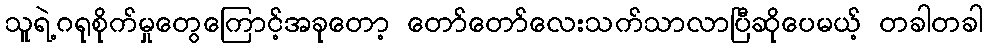
သူရဲ့ဂရုစိုက်မှုတွေကြောင့်အခုတော့ တော်တော်လေးသက်သာလာပြီဆိုပေမယ့် တခါတခါ